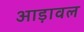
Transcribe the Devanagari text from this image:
आड़ावल